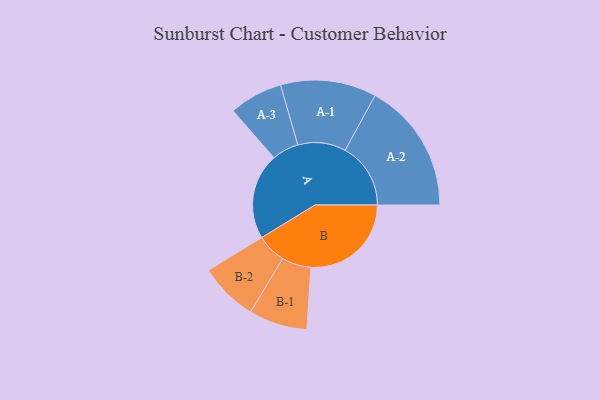
{"axis": {"x": "Segment", "y": "Value"}, "legend": ["", "A", "B"], "data": [{"x": "A", "y": 386, "type": ""}, {"x": "B", "y": 450, "type": ""}, {"x": "A-1", "y": 215, "type": "A"}, {"x": "A-2", "y": 294, "type": "A"}, {"x": "A-3", "y": 120, "type": "A"}, {"x": "B-1", "y": 131, "type": "B"}, {"x": "B-2", "y": 132, "type": "B"}]}